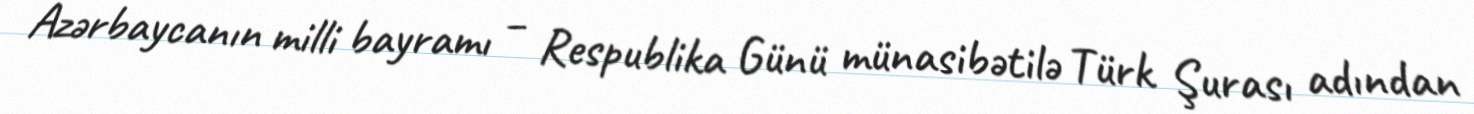
Azərbaycanın milli bayramı – Respublika Günü münasibətilə Türk Şurası adından